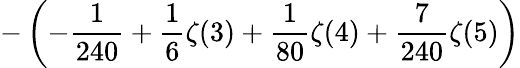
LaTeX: \displaystyle-\left(-\frac{1}{240}+\frac{1}{6}\zeta(3)+\frac{1}{80}\zeta(4)+\frac{7}{240}\zeta(5)\right)